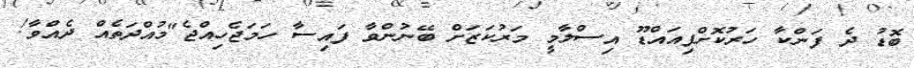
ބޮޑު ދެ ފަންކާ ހަރުކޮށްފިއައްޑޫ އިސްލާމީ މަރުކަޒަށް ބޭނުންވާ ފައިސާ ހަމަޖެހިއްޖެ"މުއްދަތެއް ދެއްވާ!